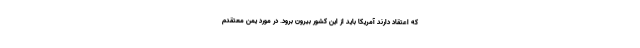
که اعتقاد دارند آمریکا باید از این کشور بیرون برود. در مورد یمن معتقدم